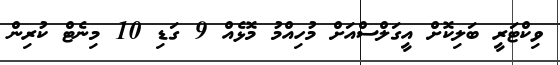
ވިކްޓަރީ ބަލިކޮށް އީގަލްސްއަށް މުހިއްމު މޮޅެއް 9 ގަޑި 10 މިނެޓް ކުރިން